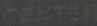
CENTER